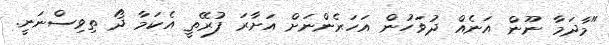
"މާދަމާ ނޫން އަނެއް ދުވަހުން އަހަރެންނަށް އަށާރަ ފުރޭތީ އެކަމާ ދޯ ތިވިސްނަނީ.